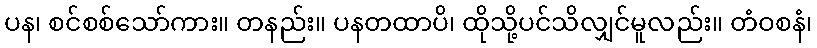
ပန၊ စင်စစ်သော်ကား။ တနည်း။ ပနတထာပိ၊ ထိုသို့ပင်သိလျှင်မူလည်း။ တံဝစနံ၊